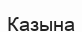
Казына